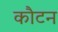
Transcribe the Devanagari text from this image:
कौटन